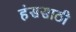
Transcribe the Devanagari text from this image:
हंससाठी